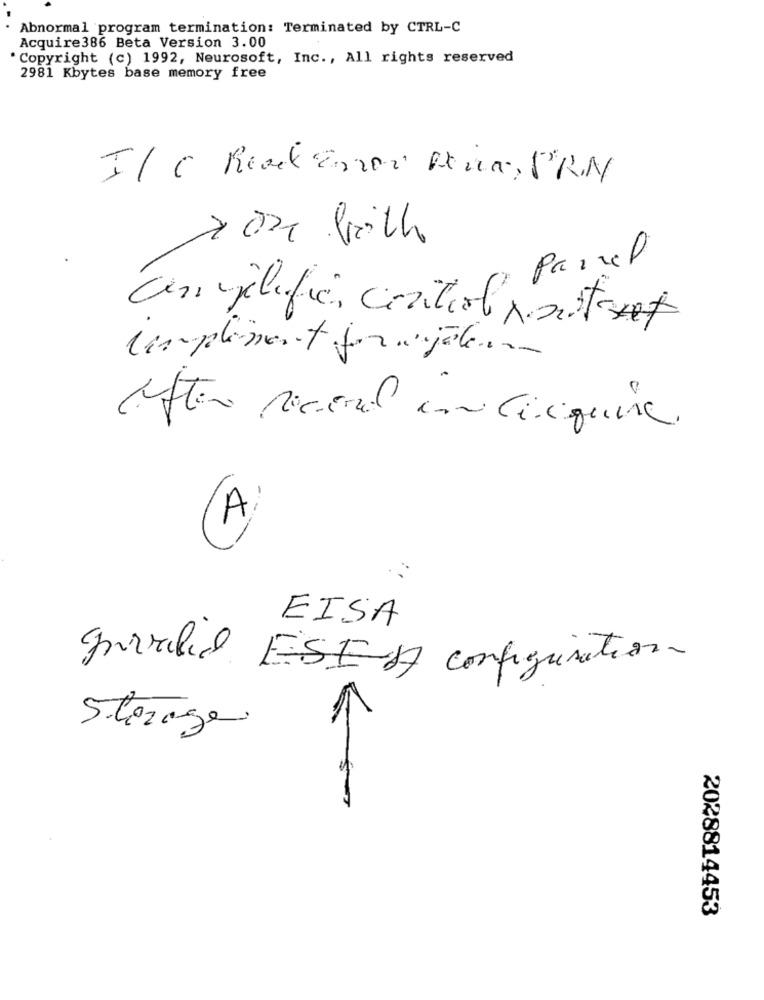
Abnormal program termination: Terminated by CTRL-C
Acquire386 Beta Version 3.00
Copyright (c) 1992, Neurosoft, Inc ., All rights reserved
2981 Kbytes base memory free
I/ C Read Enor Reia, PR.N
> on both
Parcel
con politie, control stext
Simplement forajoben
After seceral en Calquera.
A
EISA
graded ESESA configuration
Storage
2028814453